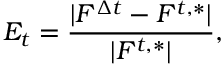
E _ { t } = \frac { | F ^ { \Delta t } - F ^ { t , * } | } { | F ^ { t , * } | } ,